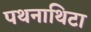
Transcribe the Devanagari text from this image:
पथनाथिटा